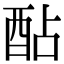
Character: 酟